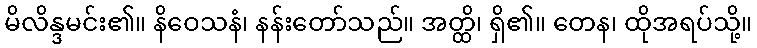
မိလိန္ဒမင်း၏။ နိဝေသနံ၊ နန်းတော်သည်။ အတ္ထိ၊ ရှိ၏။ တေန၊ ထိုအရပ်သို့။